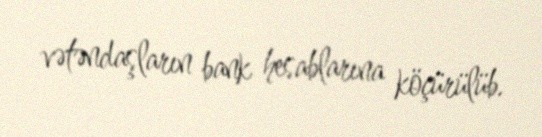
vətəndaşların bank hesablarına köçürülüb.